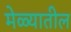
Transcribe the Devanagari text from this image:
मेळ्यातील